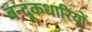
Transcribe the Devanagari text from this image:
बन्दूकधारियों